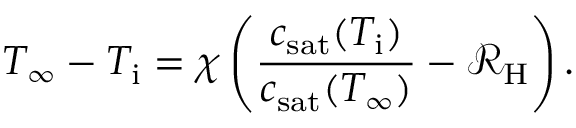
T _ { \infty } - T _ { \mathrm { i } } = \chi \left( \frac { c _ { \mathrm { s a t } } ( T _ { \mathrm { i } } ) } { c _ { \mathrm { s a t } } ( T _ { \infty } ) } - \mathcal { R } _ { \mathrm { H } } \right) .